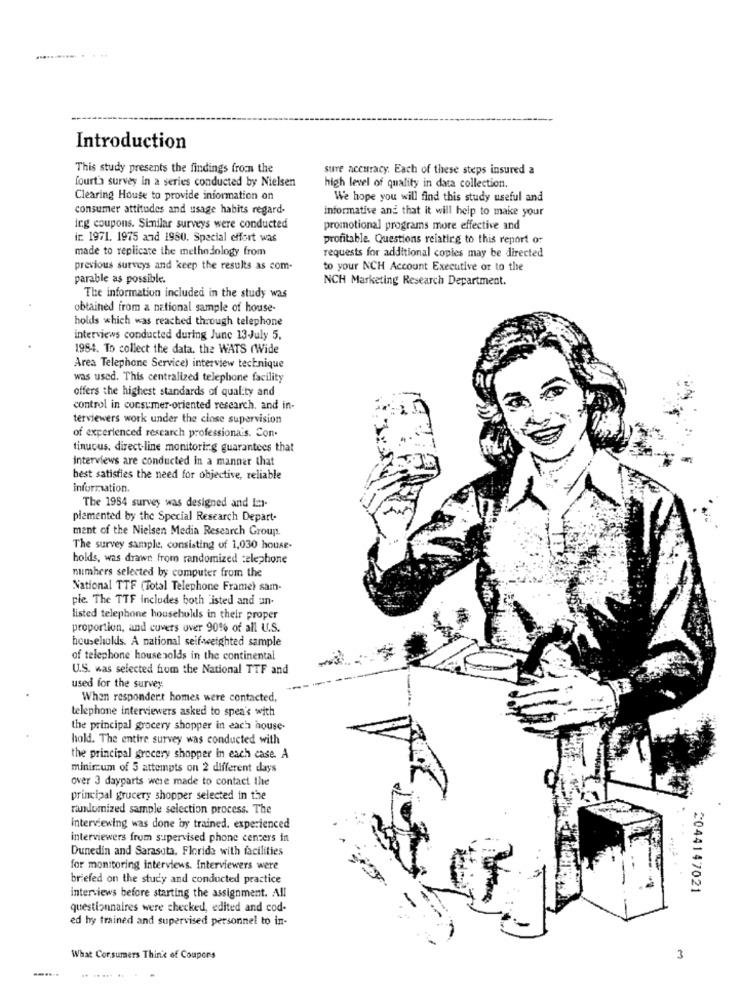
Introduction
This study presents the findings from the
sure accuracy. Each of these steps insured a
fourth survey in a series conducted by Nielsen
high level of quality in data collection.
Clearing House to provide information on
We hope you will find this study useful and
consumer attitudes and usage habits regard-
informative and that it will help to make your
ing coupons. Similar surveys were conducted
promotional programs more effective and
ir. 1971. 1975 and 1980. Special effort was
profitable. Questions relating to this report or
made to replicate the methodology from
requests for additional copies may be directed
previous surveys and keep the results as com-
to your NCH Account Executive or to the
parable as possible.
NCH Marketing Research Department.
The information included in the study was
obtained from a national sample of house-
holds which was reached through telephone
interviews conducted during June 13-July 5,
1984. To collect the data. the WATS (Wide
Area Telephone Service) interview technique
was used. This centralized telephone facility
offers the highest standards of quality and
control in consumer-oriented research, and in-
terviewers work under the close supervision
of experienced research professionais. Con-
tinuous. direct-line monitoring guarantees that
interviews are conducted in a manner that
best satisfies the need for objective, reliable
information.
The 1964 survey was designed and im-
plemented by the Special Research Depart-
ment of the Nielsen Media Research Group.
The survey sample, consisting of 1,030 house-
holds, was drawn from randomized telephone
numbers selected by computer from the
National TTF (Total Telephone Frame) sam-
ple. The TTF includes both "isted and un-
listed telephone households in their proper
proportion, and covers over 90% of all U.S.
households. A national seif-weighted sample
of telephone house holds in the continental
U.S. was selected from the National TTF and
used for the survey.
When respondert homes were contacted,
telephone interviewers asked to spea's with
the principal grocery shopper in each house-
hold. The entire survey was conducted with
the principal grocery shopper in each case. A
minimum of 5 attempts on 2 different days
over 3 dayparts were made to contact the
principal grucery shopper selected in the
randomized sample selection process. The
Interviewing was done by trained. experienced
interviewers from supervised phone centers in
Dunedin and Sarasota, Florida with facilities
for monitoring interviews. Interviewers were
briefed on the study and conducted practice
2044147021
interviews before starting the assignment. All
questionnaires were checked, edited and cod-
ed hy trained and supervised personnel to in-
What Cor.summers Thin'e of Coupons
3
.......
.. ..... .. ..